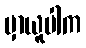
မှာယူပါက